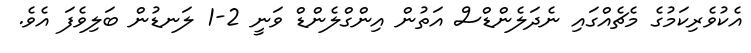
އެކުވެރިކަމުގެ މެޗެއްގައި ނެދަލެންޑްސް އަތުން އިންގްލެންޑް ވަނީ 2-1 ލަނޑުން ބަލިވެފަ އެވެ.